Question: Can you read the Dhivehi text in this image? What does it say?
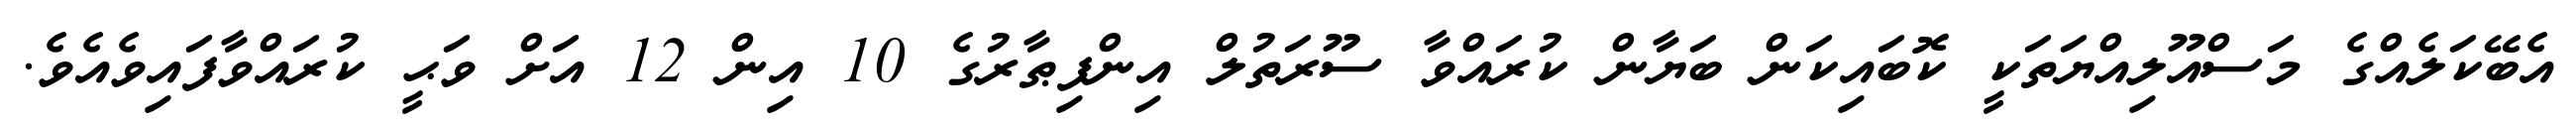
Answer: އެބޭކަލެއްގެ މަސްއޫލިއްޔަތަކީ ކޮބައިކަން ބަޔާން ކުރައްވާ ސޫރަތުލް އިންފިޠާރުގެ 10 އިން 12 އަށް ވަޙީ ކުރައްވާފައިވެއެވެ.